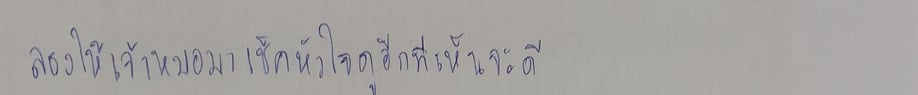
ลองให้เจ้าหมอมาเช็คหัวใจดูอีกทีเห็นจะดี"